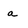
Character: a